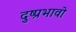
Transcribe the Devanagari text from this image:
दुष्प्रभावो